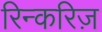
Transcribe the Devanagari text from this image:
रिन्करिज़